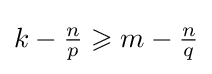
k-{\tfrac {n}{p}}\geqslant m-{\tfrac {n}{q}}